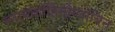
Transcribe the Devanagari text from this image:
ग्लायकोहिमोग्लोबिन